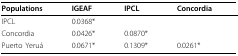
<table><thead><tr><td><b>Populations</b></td><td><b>IGEAF</b></td><td><b>IPCL</b></td><td><b>Concordia </b></td></tr></thead><tbody><tr><td>IPCL</td><td>0.0368*</td><td></td><td></td></tr><tr><td>Concordia</td><td>0.0426*</td><td>0.0870*</td><td></td></tr><tr><td>Puerto Yeruá</td><td>0.0671*</td><td>0.1309*</td><td>0.0261*</td></tr></tbody></table>